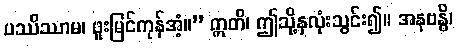
ပဿိဿာမ၊ ဖူးမြင်ကုန်အံ့။” ဣတိ၊ ဤသို့နှလုံးသွင်း၍။ အနုဗန္ဓိ၊